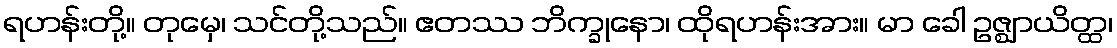
ရဟန်းတို့။ တုမှေ၊ သင်တို့သည်။ ဧတဿ ဘိက္ခုနော၊ ထိုရဟန်းအား။ မာ ခေါ ဥဇ္ဈာယိတ္ထ၊